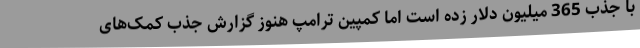
با جذب 365 میلیون دلار زده است اما کمپین ترامپ هنوز گزارش جذب کمک‌های